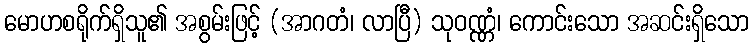
မောဟစရိုက်ရှိသူ၏ အစွမ်းဖြင့် (အာဂတံ၊ လာပြီ) သုဝဏ္ဏံ၊ ကောင်းသော အဆင်းရှိသော